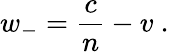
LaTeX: w_{-}={\frac{c}{n}}-v\ .